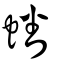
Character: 蟠